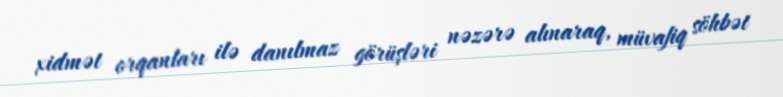
xidmət orqanları ilə danılmaz görüşləri nəzərə alınaraq, müvafiq söhbət